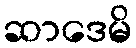
ဆာဒေမိ